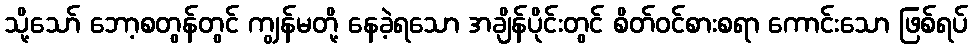
သို့သော် ဘော့စတွန်တွင် ကျွန်မတို့ နေခဲ့ရသော အချိန်ပိုင်းတွင် စိတ်ဝင်စားစရာ ကောင်းသော ဖြစ်ရပ်